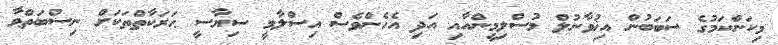
މިކަންކަމުގެ ސަބަބުން އިޚުވާނުލް މުސްލިމީންއާއި އަދި އެހެންވެސް އިސްލާމީ ސިޔާސީ ޙަރަކާތްތަކަށް ނިސްބަތްވާ